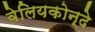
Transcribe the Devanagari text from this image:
वेलियकोन्दे